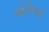
એરીનાની